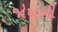
જોખબી